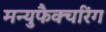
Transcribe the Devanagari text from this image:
मन्युफैक्चरिंग